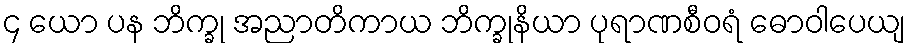
၄ ယော ပန ဘိက္ခု အညာတိကာယ ဘိက္ခုနိယာ ပုရာဏစီဝရံ ဓောဝါပေယျ